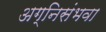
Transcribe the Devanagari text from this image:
अग्निसंभवा